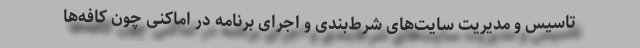
تاسیس و مدیریت سایت‌های شرط‌بندی و اجرای برنامه در اماکنی چون کافه‌ها